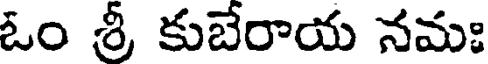
ఓం శ్రీ కుబేరాయ నమః